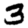
Digit: 3